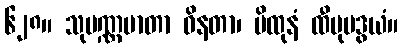
၆၂၈။ သုပဏ္ဏမာတာ ဝိနတာ၊ မိထုနံ ထီပုမဒွယံ။